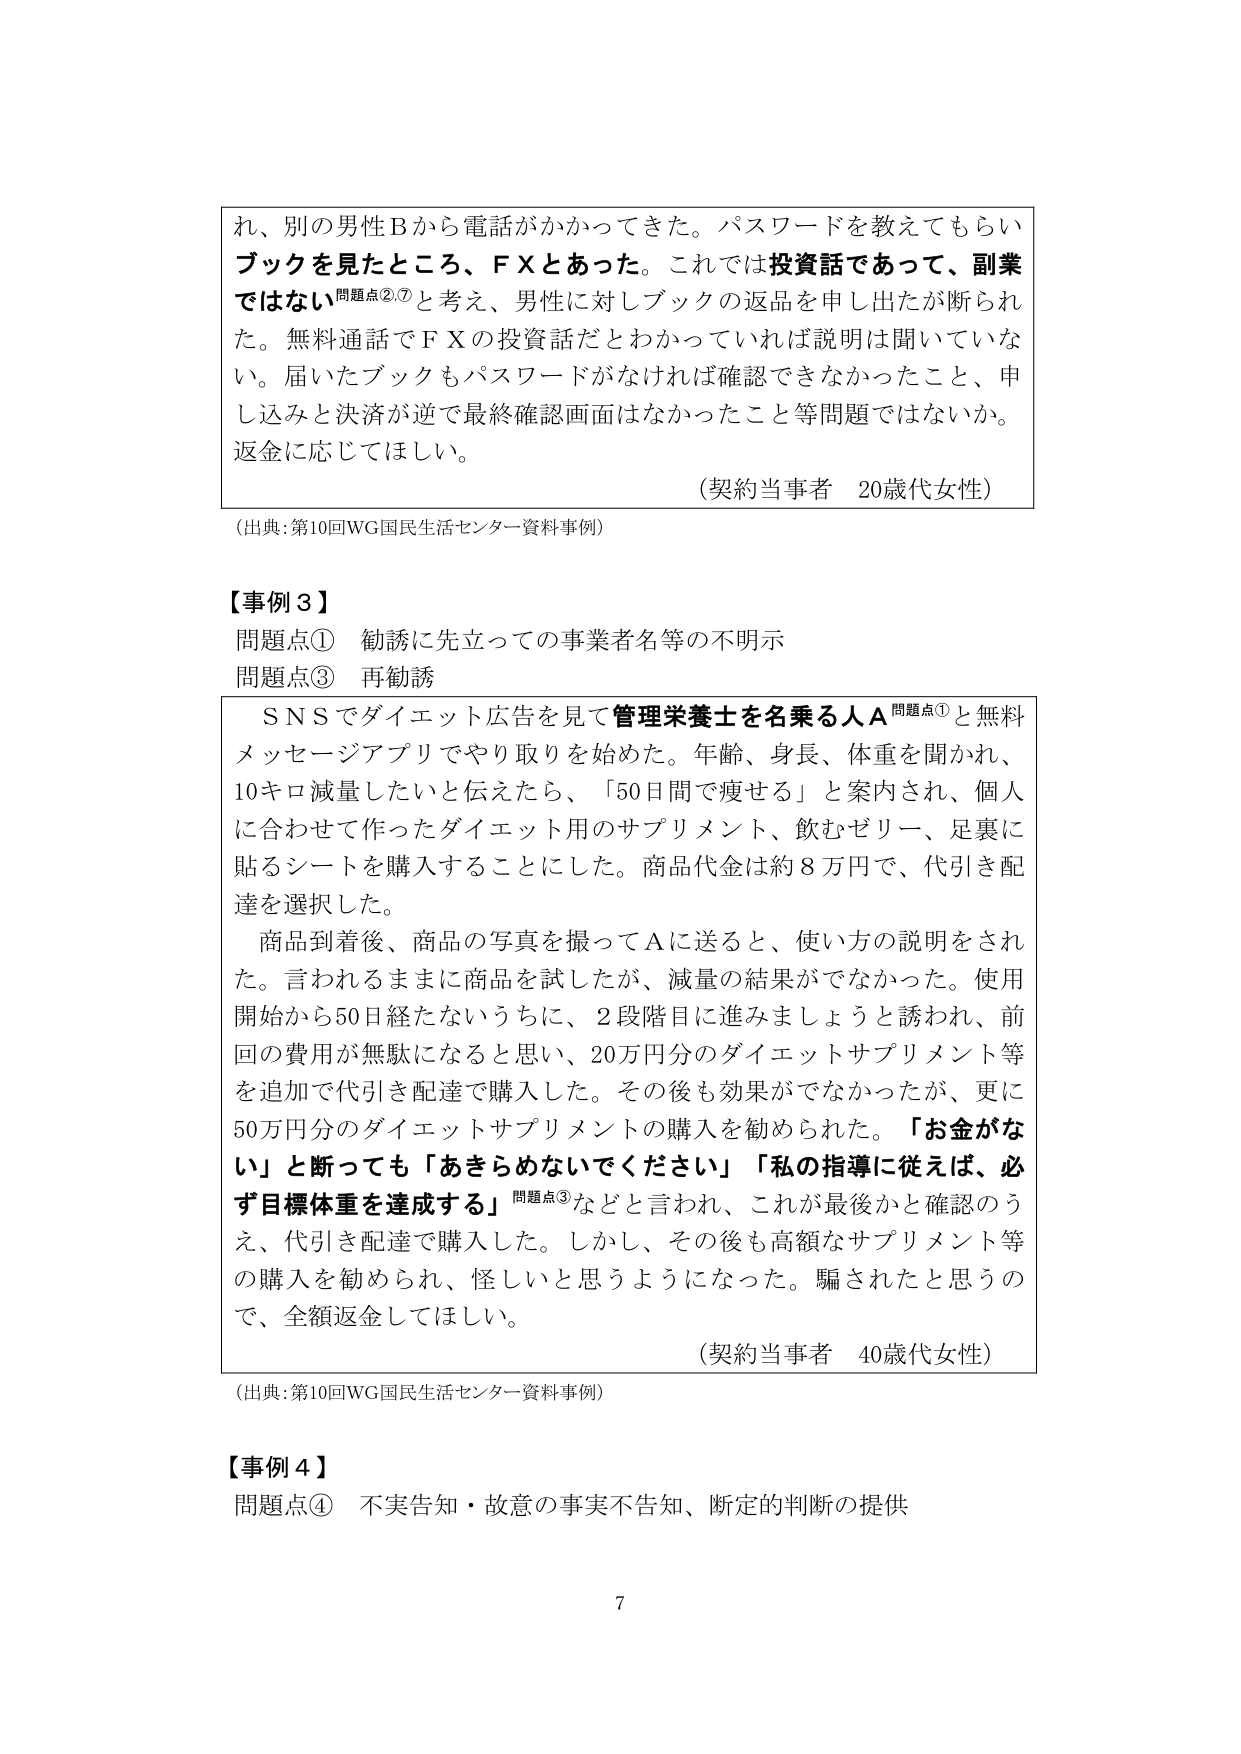
れ、別の男性Bから電話がかかってきた。パスワードを教えてもらいブックを見たところ、ＦＸとあった。これでは投資話であって、副業ではない問題点②⑦と考え、男性に対しブックの返品を申し出たが断られた。無料通話でＦＸの投資話だとわかっていたら説明は聞いていない。届いたブックもパスワードがなければ確認できなかったこと、申し込みと決済が逆で最終確認画面はなかったこと等問題ではないか。返金に応じてほしい。

（契約当事者　20歳代女性）

（出典：第10回WG国民生活センター資料事例）

【事例３】
問題点①　勧誘に先立っての事業者名等の不明示
問題点③　再勧誘

ＳＮＳでダイエット広告を見て管理栄養士を名乗る人Ａ問題点①と無料メッセージアプリでやり取りを始めた。年齢、身長、体重を聞かれ、10キロ減量したいと伝えたら、「50日間で痩せる」と案内され、個人に合わせて作ったダイエット用のサプリメント、飲むゼリー、足裏に貼るシートを購入することにした。商品代金は約８万円で、代引き配達を選択した。

商品到着後、商品の写真を撮ってＡに送ると、使い方の説明をされた。言われるままに商品を試したが、減量の結果がでなかった。使用開始から50日経たないうちに、2段階目に進みましょうと誘われ、前回の費用が無駄になると思い、20万円分のダイエットサプリメント等を追加で代引き配達で購入した。その後も効果がでなかったが、更に50万円分のダイエットサプリメントの購入を勧められた。「お金がない」と断っても「あきらめないでください」「私の指導に従えば、必ず目標体重を達成する」問題点③などと言われ、これが最後かと確認のうえ、代引き配達で購入した。しかし、その後も高額なサプリメント等の購入を勧められ、怪しいと思うようになった。騙されたと思うので、全額返金してほしい。

（契約当事者　40歳代女性）

（出典：第10回WG国民生活センター資料事例）

【事例４】
問題点④　不実告知・故意の事実不告知、断定的判断の提供

7